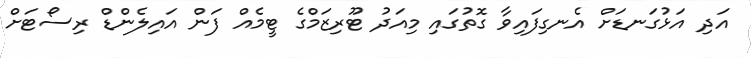
އަދި އަޅުގަނޑަށް އެނގިފައިވާ ގޮތުގައި މިއަދު ޓޫރިޒަމްގެ ޓީމެއް ފަން އައިލެންޑް ރިސޯޓަށް